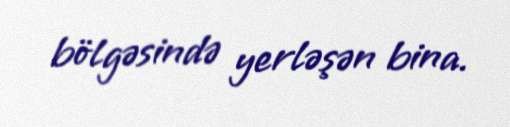
bölgəsində yerləşən bina.